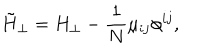
LaTeX: \tilde { H } _ { \perp } = H _ { \perp } - \frac { 1 } { N } \mu _ { i j } \phi ^ { i j } ,